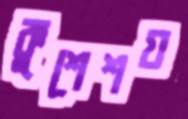
কুশেশয়